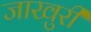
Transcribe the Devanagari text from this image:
जाखुरी